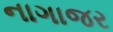
નાગાજર